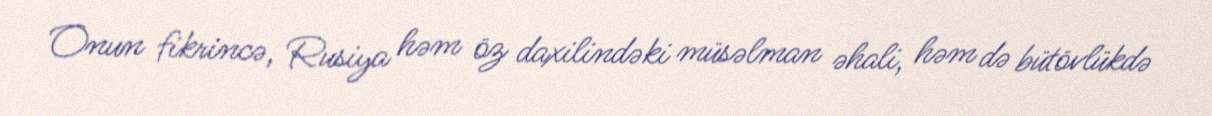
Onun fikrincə, Rusiya həm öz daxilindəki müsəlman əhali, həm də bütövlükdə